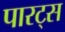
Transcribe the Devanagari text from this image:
पारट्स